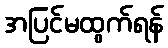
အပြင်မထွက်ရန်